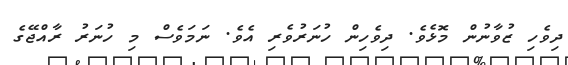
ދިވެހި ޒުވާނުން މޮޅެވެ. ދިވެހިން ހުނަރުވެރި އެވެ. ނަމަވެސް މި ހުނަރު ރާއްޖޭގެ